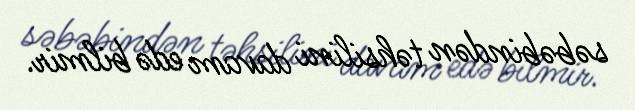
səbəbindən təhsilini davam edə bilmir.